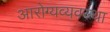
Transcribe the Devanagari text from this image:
आरोग्यव्यवस्था